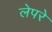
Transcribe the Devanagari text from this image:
लेपरे